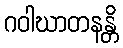
ဂဝါဃာတနန္တိ